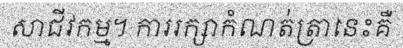
សាជីវកម្ម។ ការរក្សាកំណត់ត្រានេះគឺ